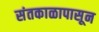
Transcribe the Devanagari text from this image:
संतकाळापासून